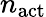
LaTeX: n_{\mathrm{act}}